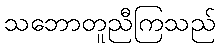
သဘောတူညီကြသည်